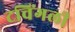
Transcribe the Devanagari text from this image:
टचिंगली